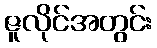
ဇူလိုင်အတွင်း